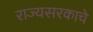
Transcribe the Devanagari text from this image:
राज्यसरकाचे